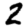
Digit: 2